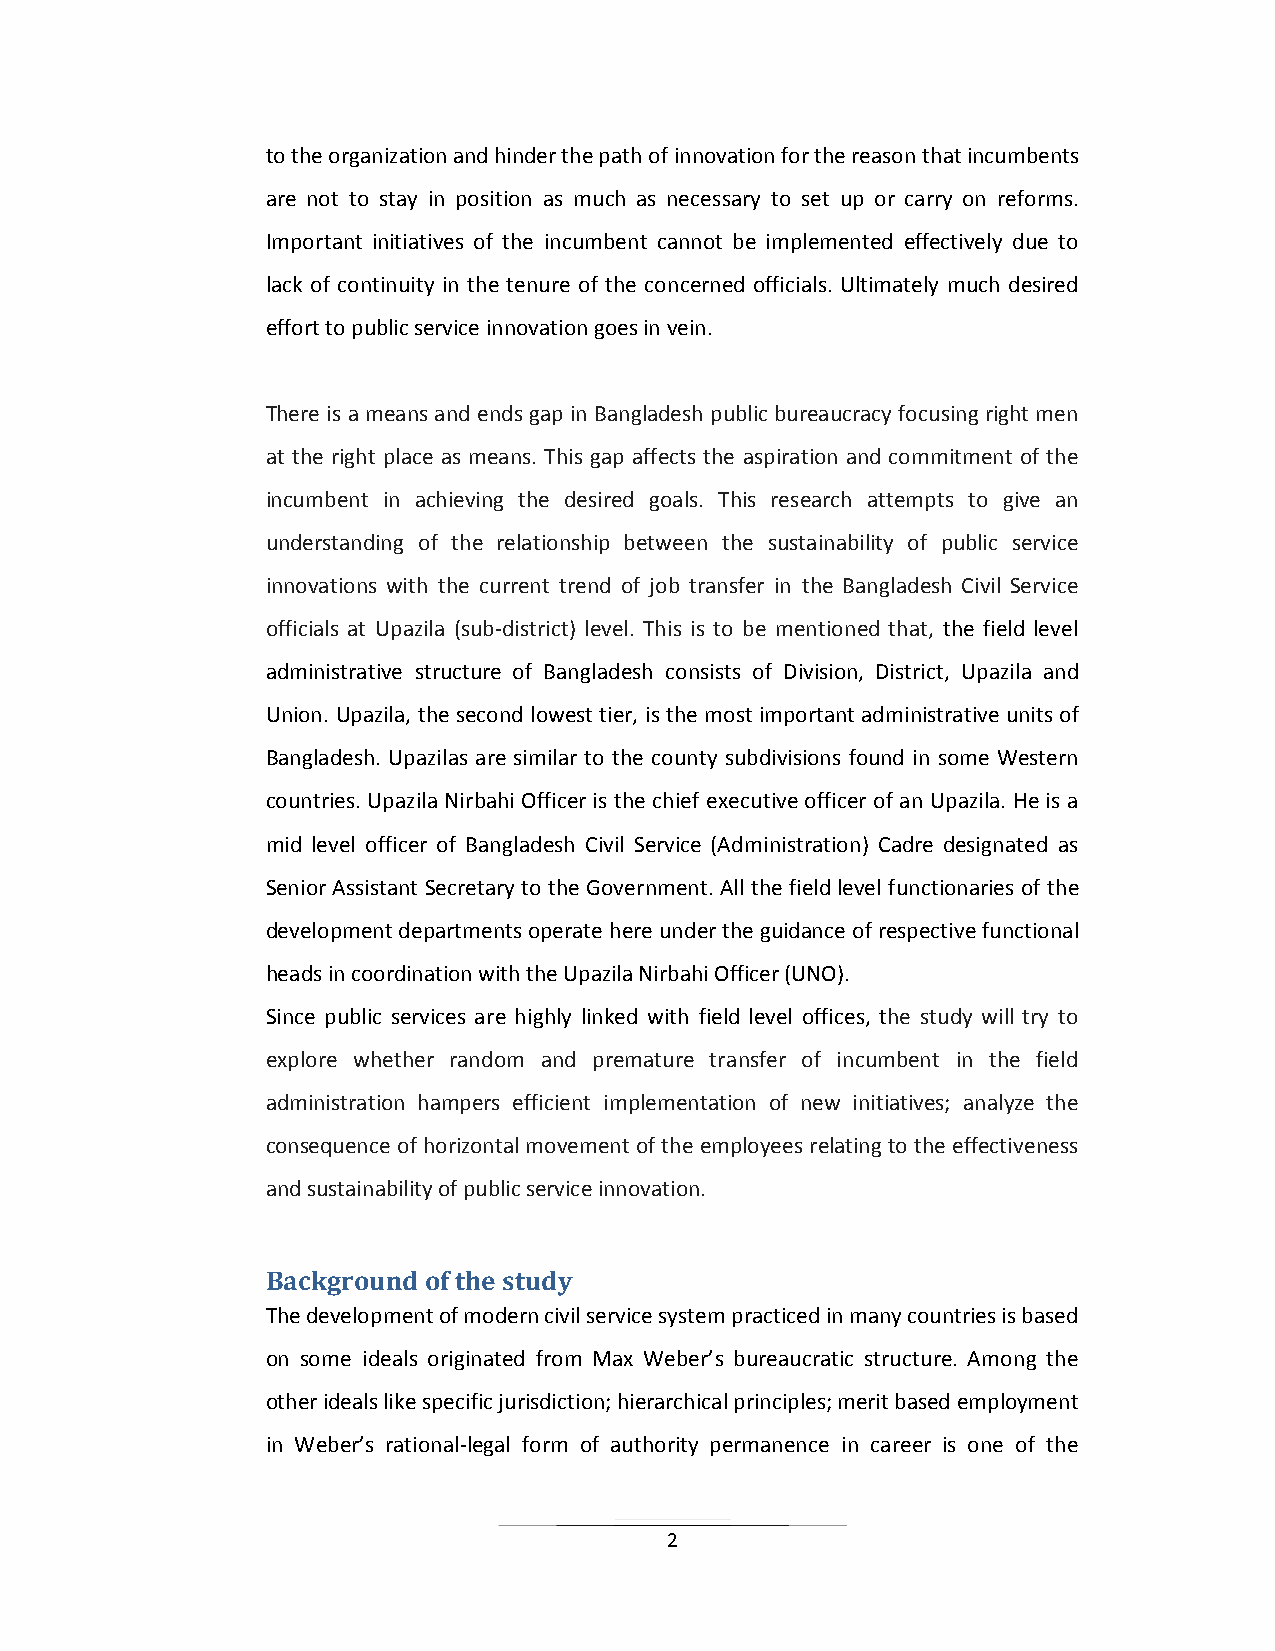
to the organization and hinder the path of innovation for the reason that incumbents
 are not to stay in position as much as necessary to set up or carry on reforms.
 Important initiatives of the incumbent cannot be implemented effectively due to
 lack of continuity in the tenure of the concerned officials. Ultimately much desired
 effort to public service innovation goes in vein.
 There is a means and ends gap in Bangladesh public bureaucracy focusing right men
 at the right place as means. This gap affects the aspiration and commitment of the
 incumbent in achieving the desired goals. This research attempts to give an
 understanding of the relationship between the sustainability of public service
 innovations with the current trend of job transfer in the Bangladesh Civil Service
 officials at Upazila (sub-district) level. This is to be mentioned that, the field level
 administrative structure of Bangladesh consists of Division, District, Upazila and
 Union. Upazila, the second lowest tier, is the most important administrative units of
 Bangladesh. Upazilas are similar to the county subdivisions found in some Western
 countries. Upazila Nirbahi Officer is the chief executive officer of an Upazila. He is a
 mid level officer of Bangladesh Civil Service (Administration) Cadre designated as
 Senior Assistant Secretary to the Government. All the field level functionaries of the
 development departments operate here under the guidance of respective functional
 heads in coordination with the Upazila Nirbahi Officer (UNO).
 Since public services are highly linked with field level offices, the study will try to
 explore whether random and premature transfer of incumbent in the field
 administration hampers efficient implementation of new initiatives; analyze the
 consequence of horizontal movement of the employees relating to the effectiveness
 and sustainability of public service innovation.
 Background of the study
 The development of modern civil service system practiced in many countries is based
 on some ideals originated from Max Weber’s bureaucratic structure. Among the
 other ideals like specific jurisdiction; hierarchical principles; merit based employment
 in Weber’s rational-legal form of authority permanence in career is one of the
 2